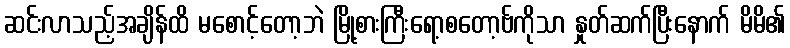
ဆင်းလာသည့်အချိန်ထိ မစောင့်တော့ဘဲ မြို့စားကြီးရော့စတော့ဗ်ကိုသာ နှုတ်ဆက်ပြီးနောက် မိမိ၏